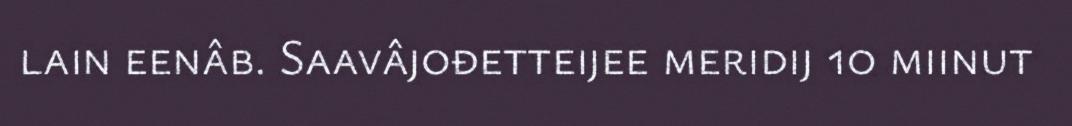
lain eenâb. Saavâjođetteijee meridij 10 miinut